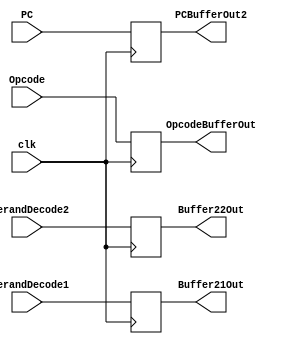
`timescale 1ns / 1ps

//buffer after stage 2

module Buffer2(
    input           clk,
    input   [15:0]   PC,                 // PC from buffer 1 output
    input   [15:0]   OperandDecode1,     // output from OD1
    input   [15:0]   OperandDecode2,     // output from OD2
    input   [7:0]   Opcode,             // opcode from buffer 1 output
    output  [15:0]   Buffer21Out,        // Outputing Result of OD1 into stage 3
    output  [15:0]   Buffer22Out,        // Outputing Result of OD2 into stage 3
    output  [7:0]   OpcodeBufferOut,    // Outputing Opcode of instruction going to stage 3 into stage 3
    output  [15:0]   PCBufferOut2        // Outputing (PC+1)? of instruction going to stage 3 into stage 3         
    );
    reg [15:0] Buffer21;
    reg [15:0] Buffer22;
    reg [7:0] OpcodeBuffer;
    reg [15:0] PCBuffer2;     
    
    initial begin
        Buffer21 = 0;     
        Buffer22 = 0;     
        OpcodeBuffer = 0; 
        PCBuffer2 = 0;     
    end
    always @(posedge clk)
    begin
        Buffer21 = OperandDecode1;
        Buffer22 = OperandDecode2;
        OpcodeBuffer = Opcode;
        PCBuffer2 = PC;
    end
    assign Buffer21Out = Buffer21;         
    assign Buffer22Out = Buffer22;   
    assign OpcodeBufferOut = OpcodeBuffer;     
    assign PCBufferOut2 = PCBuffer2;          
endmodule